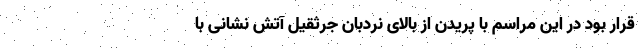
قرار بود در این مراسم با پریدن از بالای نردبان جرثقیل آتش نشانی با